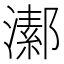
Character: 𤀝